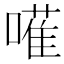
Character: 𠿅